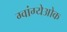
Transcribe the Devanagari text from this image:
ग्वांग्येओक